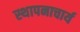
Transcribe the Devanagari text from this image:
स्थापनाचार्य